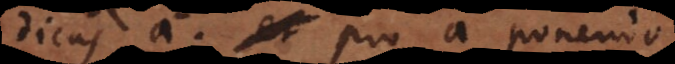
dicas a, pro a ponendo